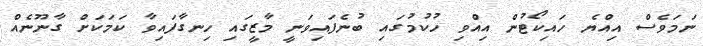
ނަމަވެސް އިއްޔެ ހައިކޯޓުން އިއްވި ހުކުމުގައި ބުނެފައިވަނީ މާޒީގައި ހިނގާފައިވާ ކަމަކަށް ގާނޫނެއް